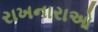
રાખનારાઓ